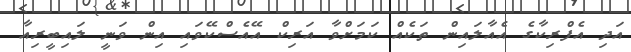
އަދި އެފްރިކާގެ އެއާލައިން ތަކެއް ކަމަށްވާ އަރިކް އޭއެސްކޭވައި އިން ވަނީ ލައިބީރިއާ